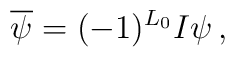
\overline\psi=(-1)^{L_0}I\psi\,,